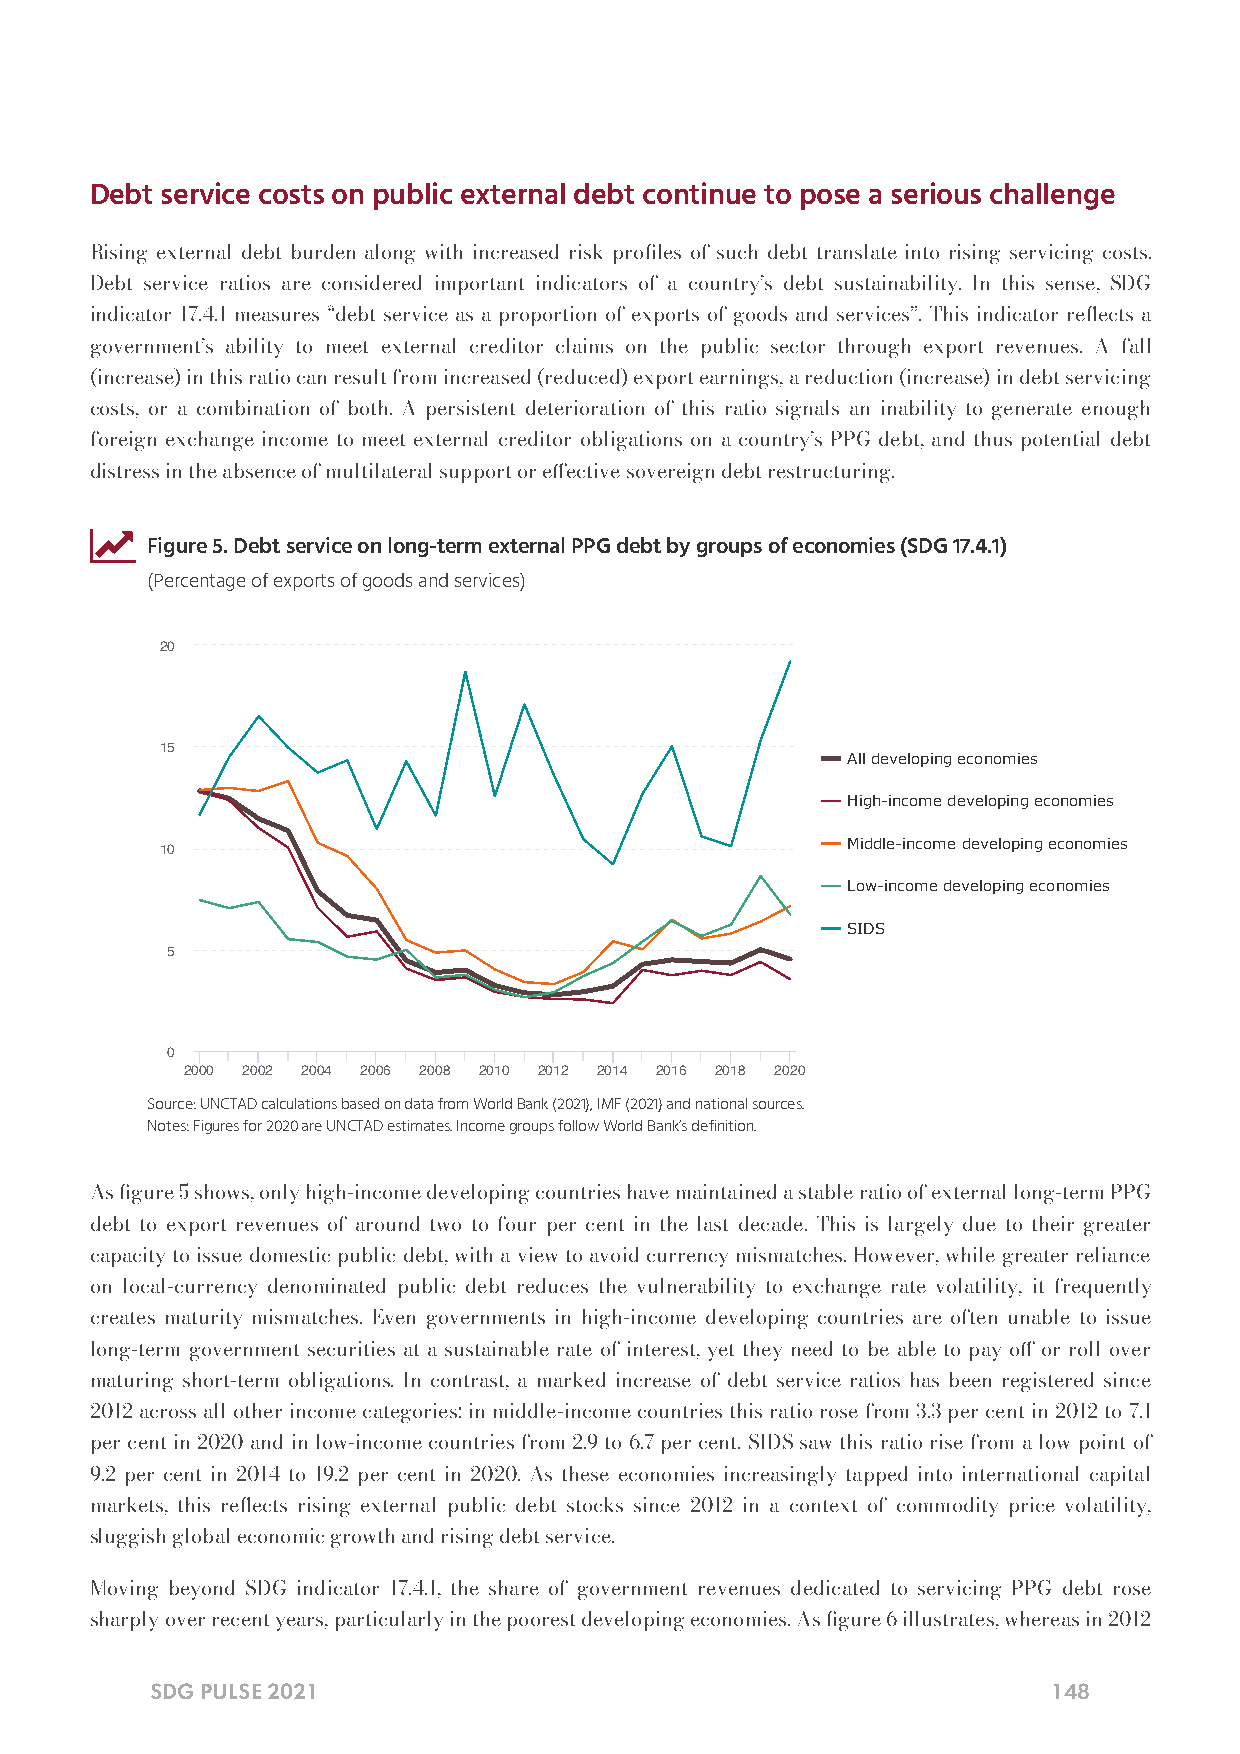
Debt service costs on public external debt continue to pose a serious challenge
 Rising external debt burden along with increased risk proles of such debt translate into rising servicing costs.
 Debt service ratios are considered important indicators of a country’s debt sustainability. In this sense, SDG
 indicator 17.4.1 measures “debt service as a proportion of exports of goods and services”. This indicator reects a
 government’s ability to meet external creditor claims on the public sector through export revenues. A fall
 (increase) in this ratio can result from increased (reduced) export earnings, a reduction (increase) in debt servicing
 costs, or a combination of both. A persistent deterioration of this ratio signals an inability to generate enough
 foreign exchange income to meet external creditor obligations on a country’s PPG debt, and thus potential debt
 distress in the absence of multilateral support or eective sovereign debt restructuring.
 
 Figure 5. Debt service on long-term external PPG debt by groups of economies (SDG 17.4.1)
 (Percentage of exports of goods and services)
 20
 15
 All developing economies
 High-income developing economies
 Middle-income developing economies
 10
 Low-income developing economies
 SIDS
 5
 0
 2000 2002 2004 2006 2008 2010 2012 2014 2016 2018 2020
 Source: UNCTAD calculations based on data from World Bank (2021), IMF (2021) and national sources.
 Notes: Figures for 2020 are UNCTAD estimates. Income groups follow World Bank’s definition.
 As gure 5 shows, only high-income developing countries have maintained a stable ratio of external long-term PPG
 debt to export revenues of around two to four per cent in the last decade. This is largely due to their greater
 capacity to issue domestic public debt, with a view to avoid currency mismatches. However, while greater reliance
 on local-currency denominated public debt reduces the vulnerability to exchange rate volatility, it frequently
 creates maturity mismatches. Even governments in high-income developing countries are often unable to issue
 long-term government securities at a sustainable rate of interest, yet they need to be able to pay o or roll over
 maturing short-term obligations. In contrast, a marked increase of debt service ratios has been registered since
 2012 across all other income categories: in middle-income countries this ratio rose from 3.3 per cent in 2012 to 7.1
 per cent in 2020 and in low-income countries from 2.9 to 6.7 per cent. SIDS saw this ratio rise from a low point of
 9.2 per cent in 2014 to 19.2 per cent in 2020. As these economies increasingly tapped into international capital
 markets, this reects rising external public debt stocks since 2012 in a context of commodity price volatility,
 sluggish global economic growth and rising debt service.
 Moving beyond SDG indicator 17.4.1, the share of government revenues dedicated to servicing PPG debt rose
 sharply over recent years, particularly in the poorest developing economies. As gure 6 illustrates, whereas in 2012
 SDG PULSE 2021                                              148